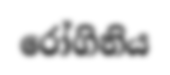
රෝගිනිය